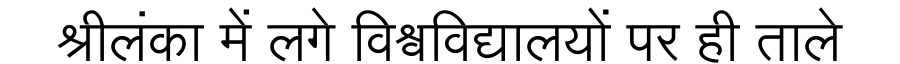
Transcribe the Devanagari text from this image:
श्रीलंका में लगे विश्वविद्यालयों पर ही ताले